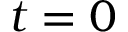
t = 0